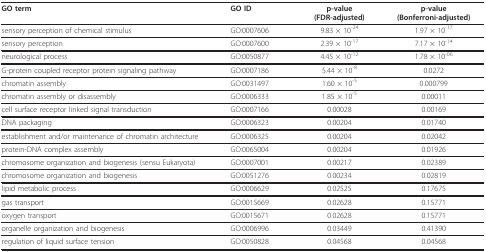
| GO term | GO ID | p-value(FDR-adjusted) | p-value(Bonferroni-adjusted) |
 | --- | --- | --- | --- |
 | sensory perception of chemical stimulus | GO:0007606 | 9.83 × 10-24 | 1.97 × 10-17 |
 | sensory perception | GO:0007600 | 2.39 × 10-17 | 7.17 × 10-14 |
 | neurological process | GO:0050877 | 4.45 × 10-12 | 1.78 × 10-06 |
 | G-protein coupled receptor protein signaling pathway | GO:0007186 | 5.44 × 10-8 | 0.0272 |
 | chromatin assembly | GO:0031497 | 1.60 × 10-5 | 0.000799 |
 | chromatin assembly or disassembly | GO:0006333 | 1.85 × 10-5 | 0.00011 |
 | cell surface receptor linked signal transduction | GO:0007166 | 0.00028 | 0.00169 |
 | DNA packaging | GO:0006323 | 0.00204 | 0.01740 |
 | establishment and/or maintenance of chromatin architecture | GO:0006325 | 0.00204 | 0.02042 |
 | protein-DNA complex assembly | GO:0065004 | 0.00204 | 0.01926 |
 | chromosome organization and biogenesis (sensu Eukaryota) | GO:0007001 | 0.00217 | 0.02389 |
 | chromosome organization and biogenesis | GO:0051276 | 0.00234 | 0.02819 |
 | lipid metabolic process | GO:0006629 | 0.02525 | 0.17675 |
 | gas transport | GO:0015669 | 0.02628 | 0.15771 |
 | oxygen transport | GO:0015671 | 0.02628 | 0.15771 |
 | organelle organization and biogenesis | GO:0006996 | 0.03449 | 0.41390 |
 | regulation of liquid surface tension | GO:0050828 | 0.04568 | 0.04568 |